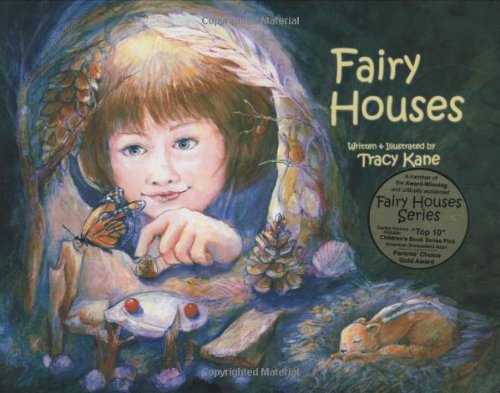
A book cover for Fairy Houses (The Fairy Houses Series); Tracy Kane; Children's Books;